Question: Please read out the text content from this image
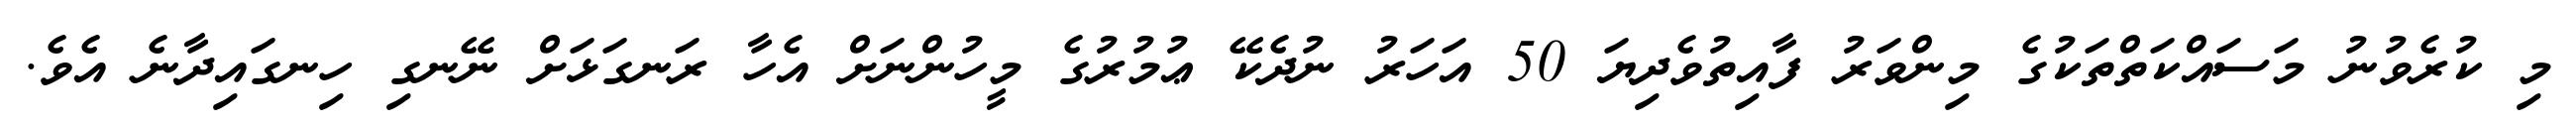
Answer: މި ކުރެވުނު މަސައްކަތްތަކުގެ މިންވަރު ފާއިތުވެދިޔަ 50 އަހަރު ނުދެކޭ ޢުމުރުގެ މީހުންނަށް އެހާ ރަނގަޅަށް ނޭނގި ހިނގައިދާނެ އެވެ.